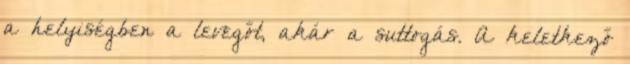
a helyiségben a levegőt, akár a suttogás. A keletkező